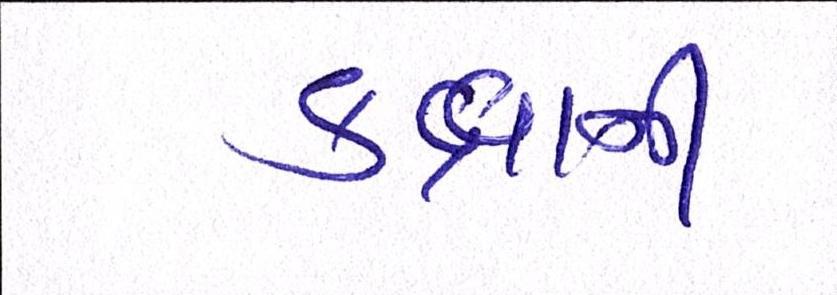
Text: કક્ષાની